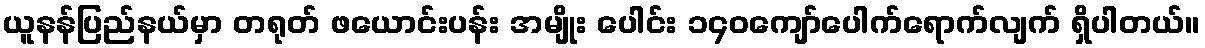
ယူနန်ပြည်နယ်မှာ တရုတ် ဖယောင်းပန်း အမျိုး ပေါင်း ၁၄၀ကျော်ပေါက်ရောက်လျက် ရှိပါတယ်။